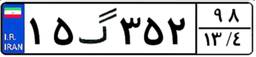
۱۵گ۳۵۲۹۸